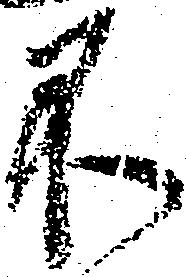
不